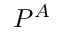
P ^ { A }